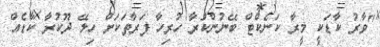
"ވާރު ކާޑަކީ މީރާ ކަނެކްޓް ބޭނުންކުރާ ހުރިހާ ފަރާތަަކަށް ހިލޭ ދޫކުރާ ކާޑެއް